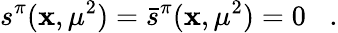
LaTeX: s^{\pi}(\mathbf{x},\mu^{2})=\bar{{s}}^{\pi}(\mathbf{x},\mu^{2})=0\; \; \; .